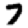
Digit: 7